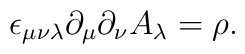
\epsilon_{\mu\nu\lambda}\partial_\mu \partial_\nu A_\lambda = \rho.